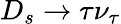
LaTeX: D_{s}\to\tau\nu_{\tau}